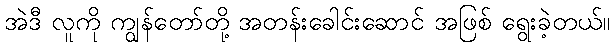
အဲဒီ လူကို ကျွန်တော်တို့ အတန်းခေါင်းဆောင် အဖြစ် ရွေးခဲ့တယ်။